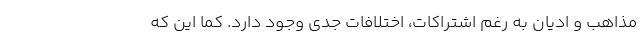
مذاهب و ادیان به رغم اشتراکات، اختلافات جدی وجود دارد. ‌کما این که